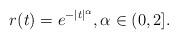
LaTeX: \begin{align*}r(t)=e^{-|t|^\alpha}, \alpha\in (0,2].\end{align*}